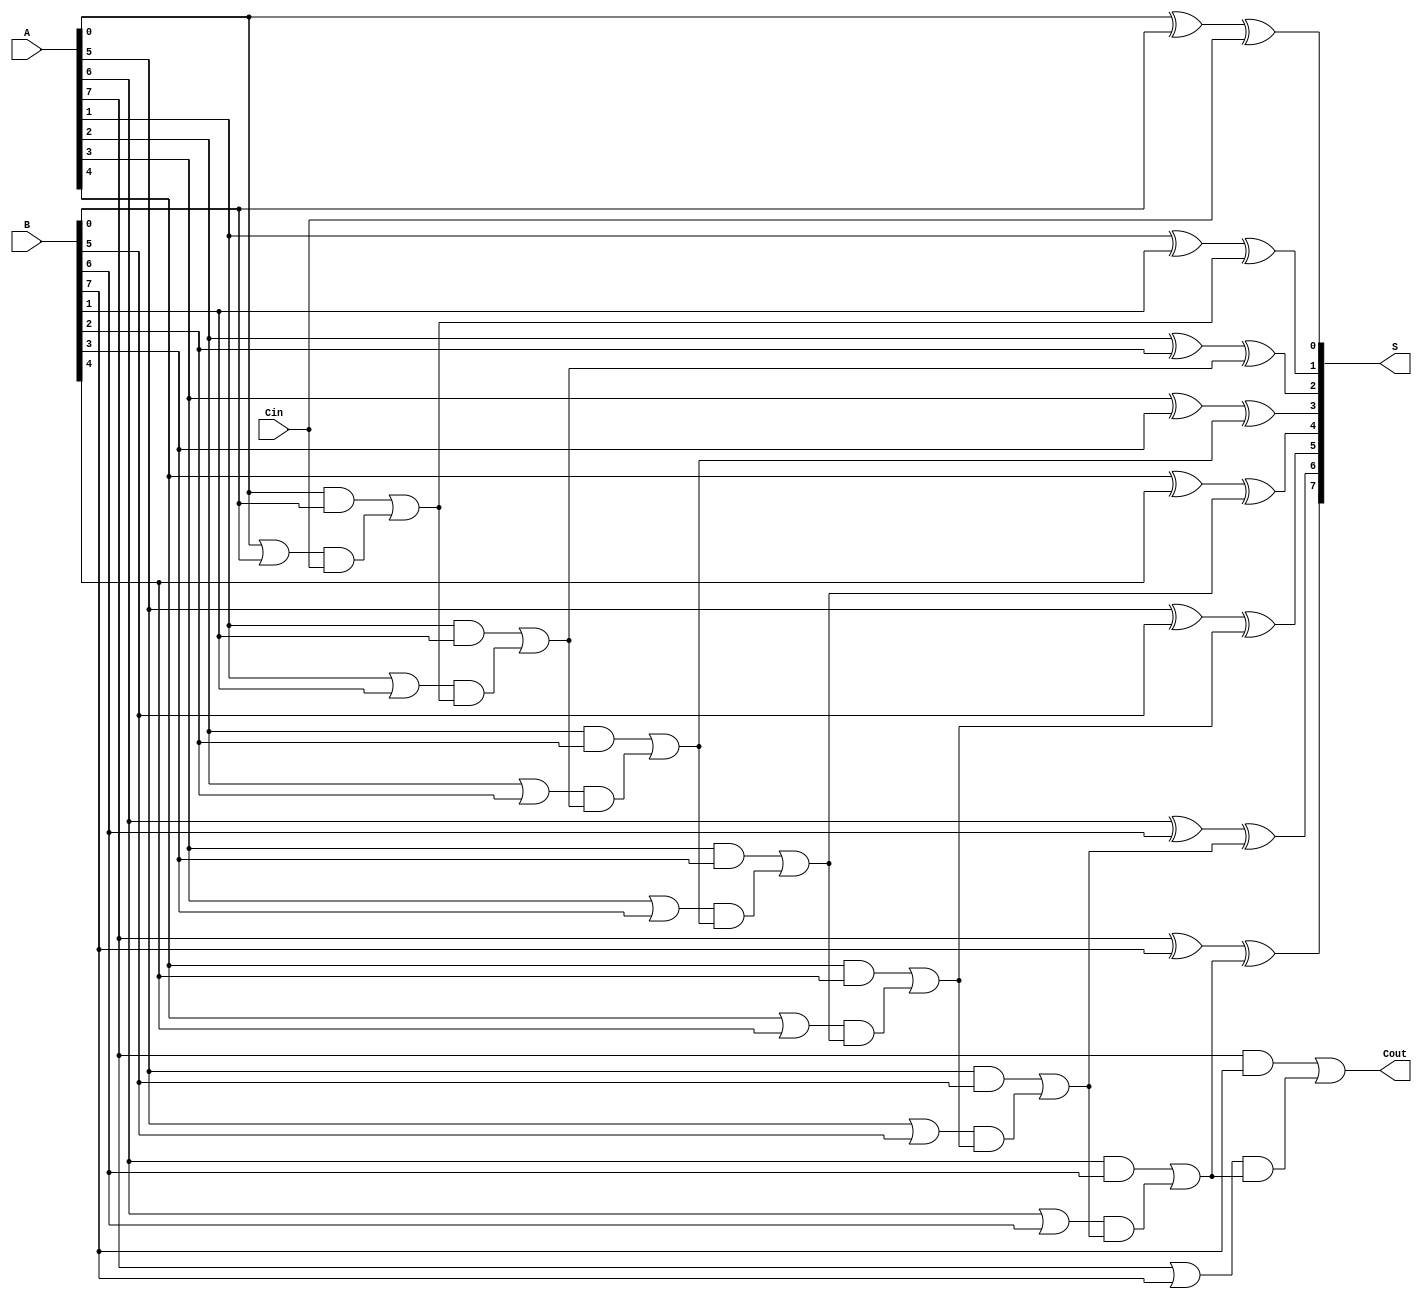
module ManchesterCarryChainAdder #(parameter N = 8) (
    input  wire [N-1:0] A,      // First n-bit input
    input  wire [N-1:0] B,      // Second n-bit input
    input  wire Cin,             // Carry-in
    output wire [N-1:0] S,       // n-bit sum output
    output wire Cout             // Carry-out
);

    wire [N:0] C;               // Carry signals (C[0] = Cin, C[N] = Cout)
    wire [N-1:0] G;             // Generate signals
    wire [N-1:0] P;             // Propagate signals

    // Generate and Propagate logic
    genvar i;
    generate
        for (i = 0; i < N; i = i + 1) begin : carry_logic
            assign G[i] = A[i] & B[i];         // Generate
            assign P[i] = A[i] | B[i];         // Propagate
        end
    endgenerate

    // Carry chain logic
    assign C[0] = Cin;  // Initial carry-in
    generate
        for (i = 0; i < N; i = i + 1) begin : carry_chain
            assign C[i + 1] = G[i] | (P[i] & C[i]); // Carry-out for each bit
        end
    endgenerate

    // Sum calculation
    generate
        for (i = 0; i < N; i = i + 1) begin : sum_logic
            assign S[i] = A[i] ^ B[i] ^ C[i]; // Sum for each bit
        end
    endgenerate

    assign Cout = C[N]; // Final carry-out

endmodule